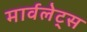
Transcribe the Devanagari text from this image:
मार्वलेट्स